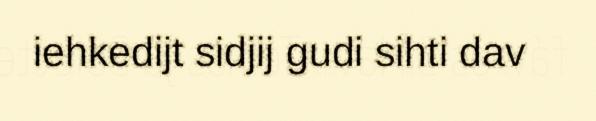
iehkedijt sidjij gudi sihti dav